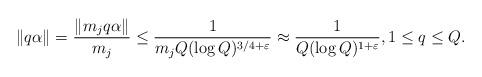
LaTeX: \begin{align*} \|q \alpha\|= \frac{\|m_j q \alpha\|}{m_j} \leq \frac{1}{m_j Q (\log Q)^{3/4 + \varepsilon}} \approx \frac{1}{Q (\log Q)^{1+\varepsilon}}, 1 \leq q \leq Q.\end{align*}